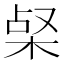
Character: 梷